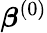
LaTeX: {\boldsymbol{\beta}}^{(0)}